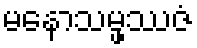
မနောသမ္ဖဿဇံ